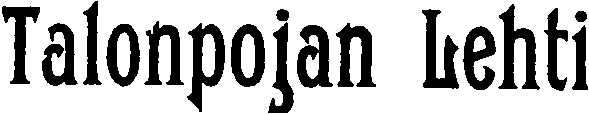
Talonpojan Lehti